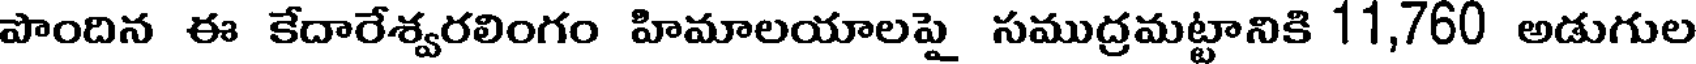
పొందిన ఈ కేదారేశ్వరలింగం హిమాలయాలపై సముద్రమట్టానికి 11,760 అడుగుల